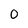
Character: 0